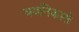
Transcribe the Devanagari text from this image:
यवनिकासे